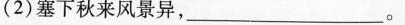
(2)塞下秋来风景异，___。